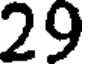
29